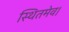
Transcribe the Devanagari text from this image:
स्थितमेव।